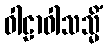
ဝါဠာဝါသသ္မိံ